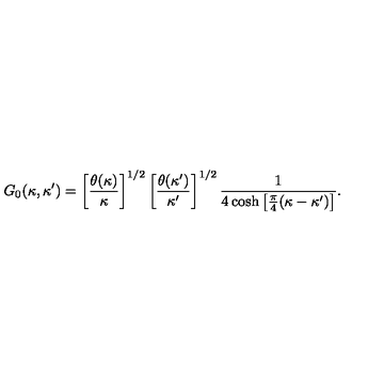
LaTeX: G _ { 0 } ( \kappa , \kappa ^ { \prime } ) = \left[ \frac { \theta ( \kappa ) } { \kappa } \right] ^ { 1 / 2 } \left[ \frac { \theta ( \kappa ^ { \prime } ) } { \kappa ^ { \prime } } \right] ^ { 1 / 2 } \frac { 1 } { 4 \cosh \left[ \frac { \pi } { 4 } ( \kappa - \kappa ^ { \prime } ) \right] } .